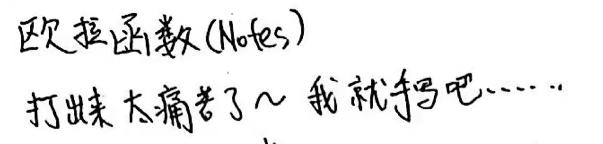
欧拉函数(Notes)
打出来太痛苦了~我就手写吧……